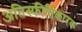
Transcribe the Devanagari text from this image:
अतिस्फीतिकारक